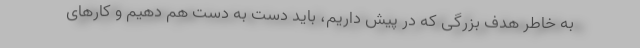
به خاطر هدف بزرگی که در پیش داریم، باید دست به دست هم دهیم و کارهای